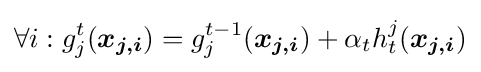
\forall i:g_{j}^{t}({\boldsymbol {x_{j,i}}})=g_{j}^{t-1}({\boldsymbol {x_{j,i}}})+\alpha _{t}h_{t}^{j}({\boldsymbol {x_{j,i}}})